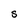
Character: S